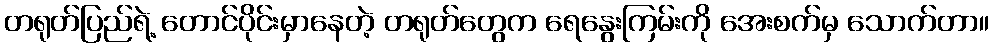
တရုတ်ပြည်ရဲ့ တောင်ပိုင်းမှာနေတဲ့ တရုတ်တွေက ရေနွေးကြမ်းကို အေးစက်မှ သောက်တာ။